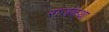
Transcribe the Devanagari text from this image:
राजकथा